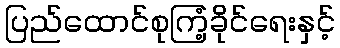
ပြည်ထောင်စုကြံ့ခိုင်ရေးနှင့်